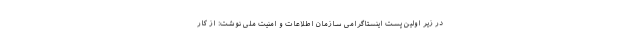
در زیر اولین پست اینستاگرامی سازمان اطلاعات و امنیت ملی نوشت: از کار